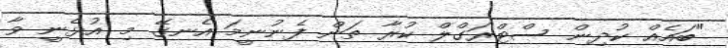
"ބައެއް ކުދިން ސްޓްރަގްލް ކުރާ ތަން ފެނުނީމަ އެނގޭ މި އުޅެނީ ވާ